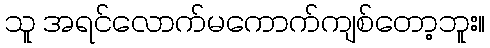
သူ အရင်လောက်မကောက်ကျစ်တော့ဘူး။